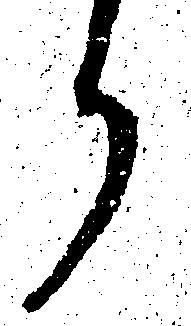
ら